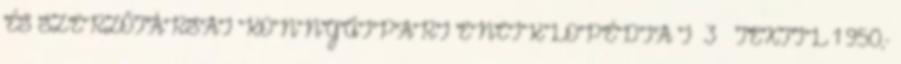
ÉS SZERZŐTÁRSAI KÖNNYŰIPARI ENCIKLOPÉDIA I 3 – TEXTIL 1 950,-